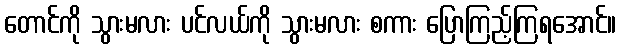
တောင်ကို သွားမလား ပင်လယ်ကို သွားမလား စကား ပြောကြည့်ကြရအောင်။